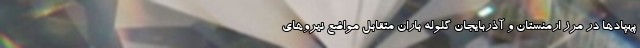
پهپادها در مرز ارمنستان و آذربایجان گلوله باران متقابل مواضع نیروهای